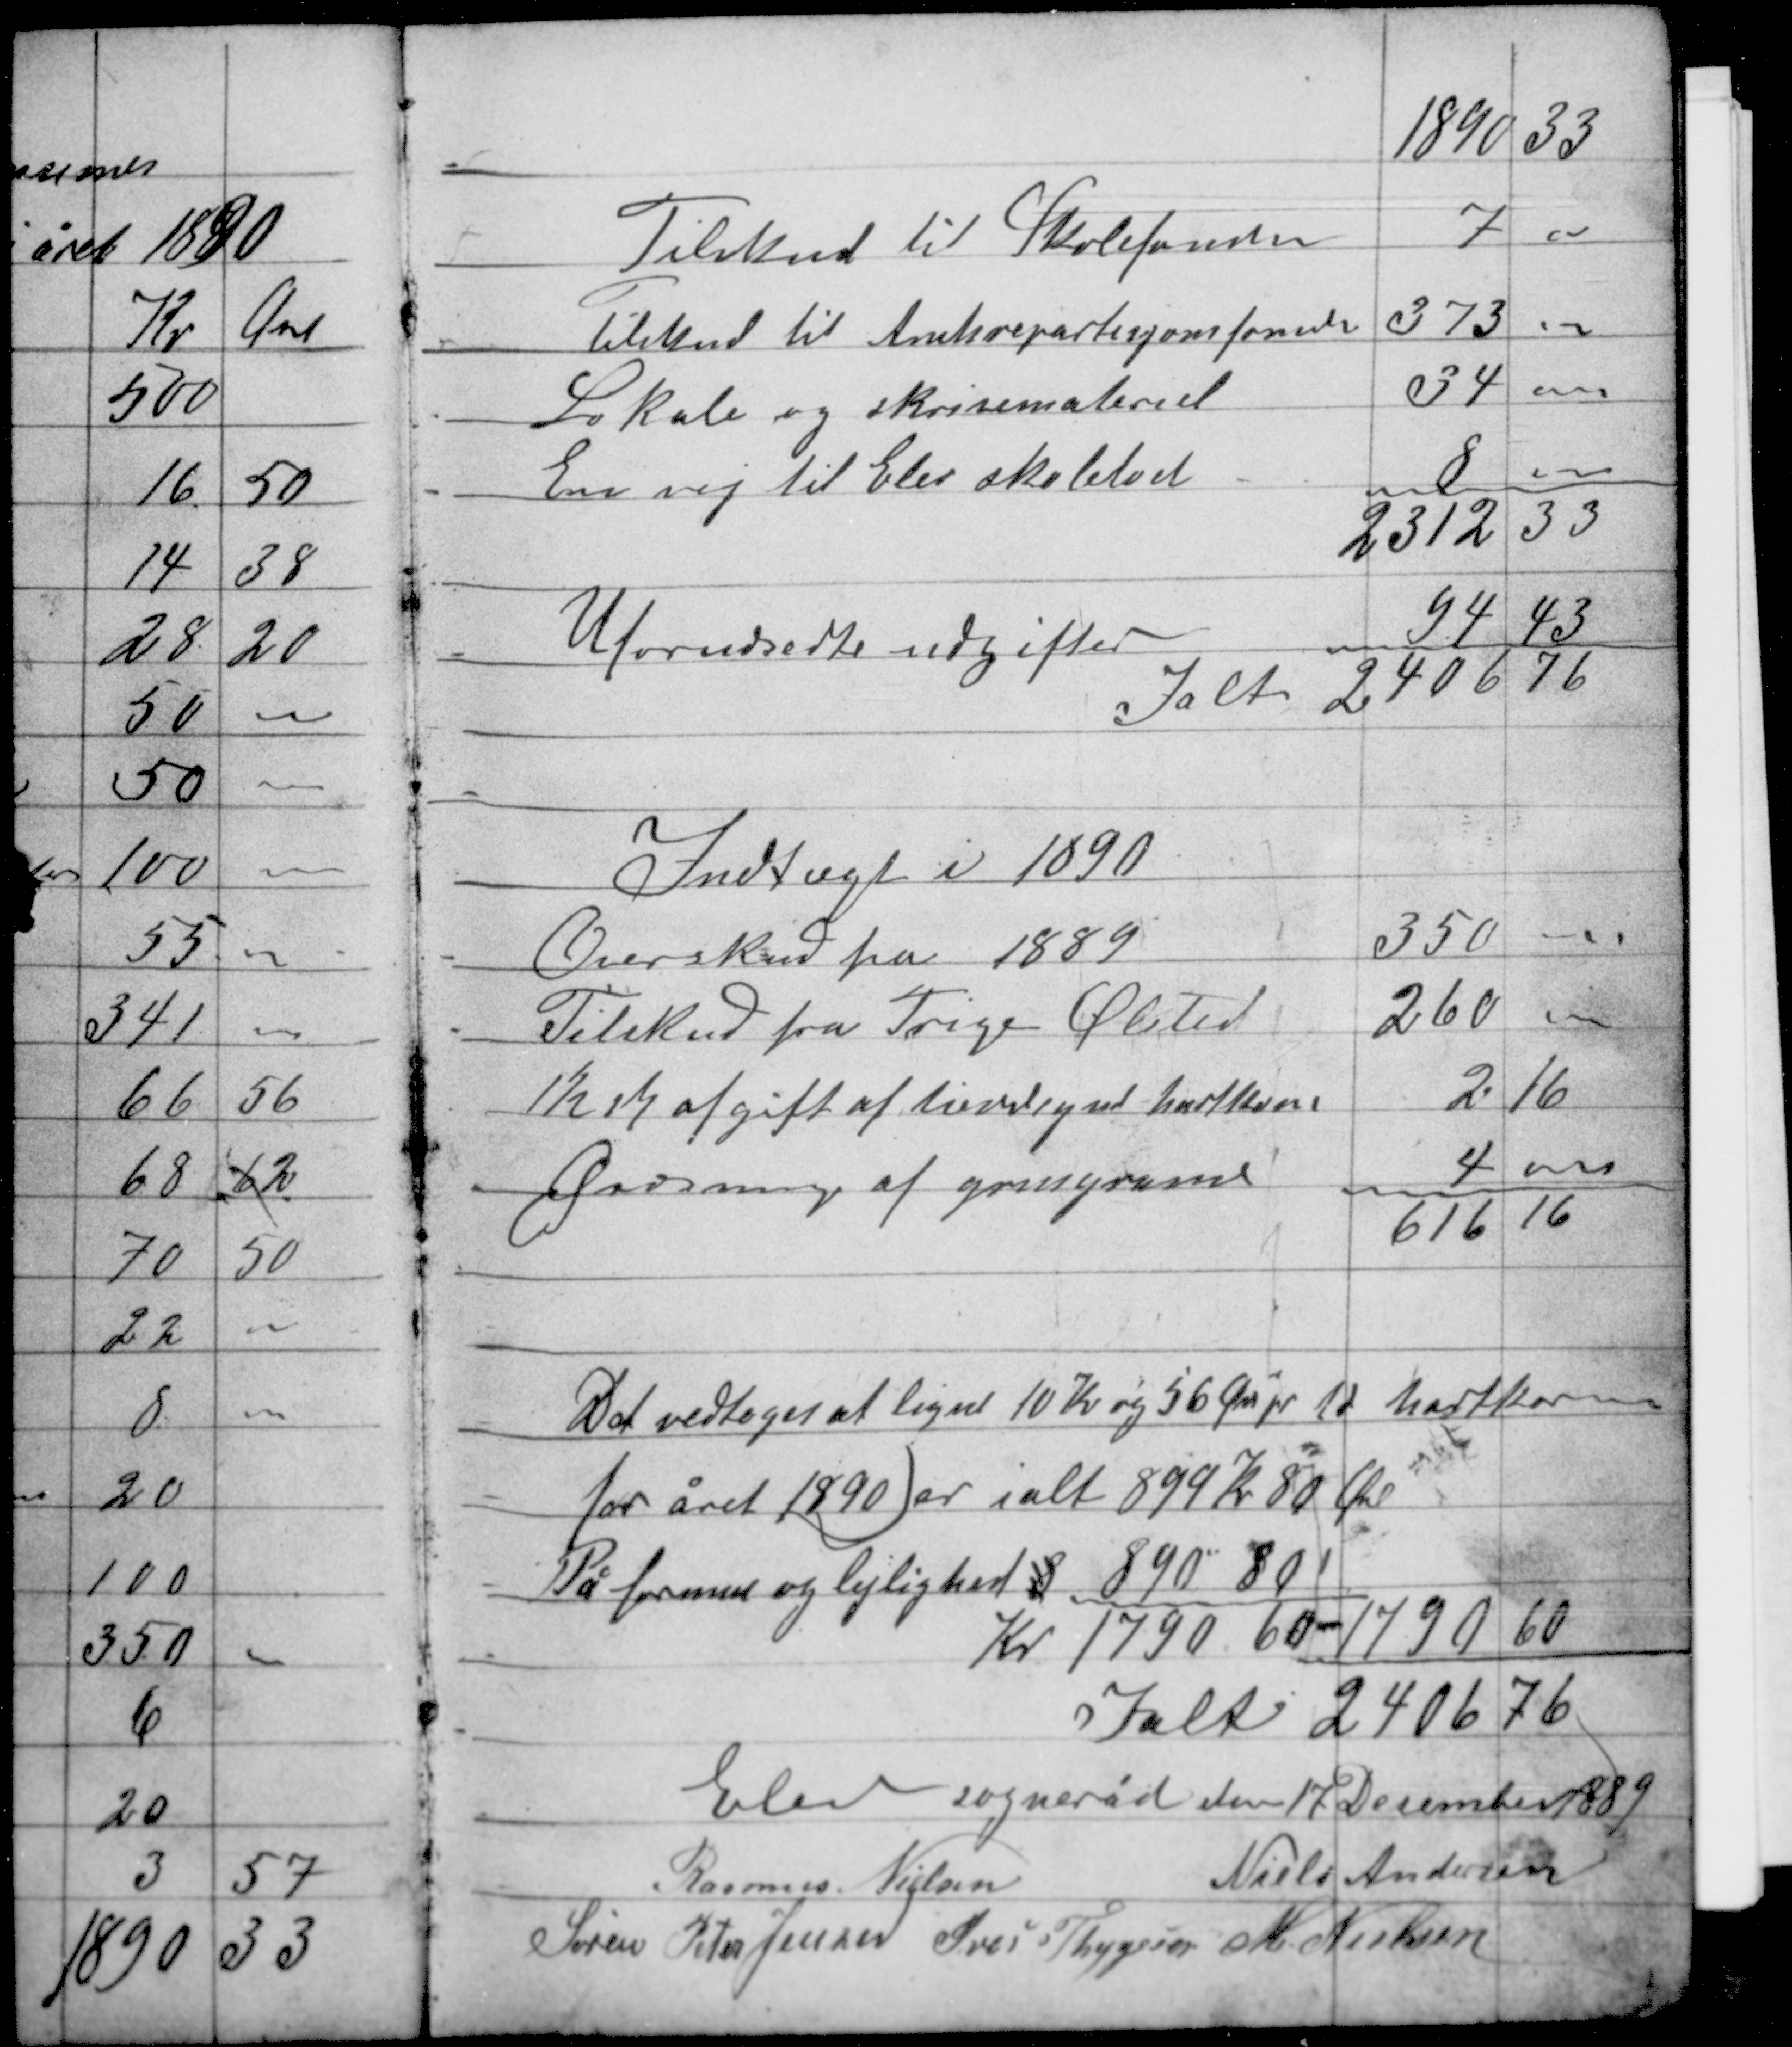
Transskription:
Det vedtoges at ligne 10 Kr og 56 Øre pr td hartkorn
for året 1890 er ialt 899 Kr 80 Øre
På formue og lejlighed 8 890" 80

Elev sogneråd den 17 December 1889
Niels Andersen
Rasmus Nielsen
Søren Peter Jensen Iver Thygesen M. Nielsen